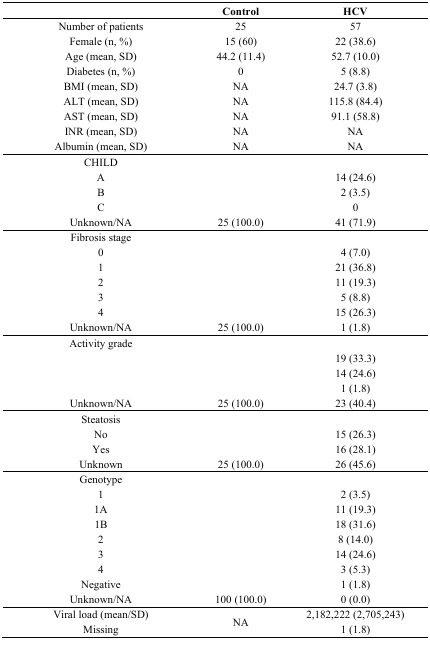
<table><thead><tr><td></td><td><b>Control</b></td><td><b>HCV</b></td></tr></thead><tbody><tr><td>Number of patients</td><td>25</td><td>57</td></tr><tr><td>Female (n, %)</td><td>15 (60)</td><td>22 (38.6)</td></tr><tr><td>Age (mean, SD)</td><td>44.2 (11.4)</td><td>52.7 (10.0)</td></tr><tr><td>Diabetes (n, %)</td><td>0</td><td>5 (8.8)</td></tr><tr><td>BMI (mean, SD)</td><td>NA</td><td>24.7 (3.8)</td></tr><tr><td>ALT (mean, SD)</td><td>NA</td><td>115.8 (84.4)</td></tr><tr><td>AST (mean, SD)</td><td>NA</td><td>91.1 (58.8)</td></tr><tr><td>INR (mean, SD)</td><td>NA</td><td>NA</td></tr><tr><td>Albumin (mean, SD)</td><td>NA</td><td>NA</td></tr><tr><td>CHILD</td><td></td><td></td></tr><tr><td>A</td><td></td><td>14 (24.6)</td></tr><tr><td>B</td><td></td><td>2 (3.5)</td></tr><tr><td>C</td><td></td><td>0</td></tr><tr><td>Unknown/NA</td><td>25 (100.0)</td><td>41 (71.9)</td></tr><tr><td>Fibrosis stage</td><td></td><td></td></tr><tr><td>0</td><td></td><td>4 (7.0) </td></tr><tr><td>1</td><td></td><td>21 (36.8)</td></tr><tr><td>2</td><td></td><td>11 (19.3)</td></tr><tr><td>3</td><td></td><td>5 (8.8)</td></tr><tr><td>4</td><td></td><td>15 (26.3)</td></tr><tr><td>Unknown/NA</td><td>25 (100.0)</td><td>1 (1.8)</td></tr><tr><td>Activity grade</td><td></td><td></td></tr><tr><td></td><td></td><td>19 (33.3)</td></tr><tr><td></td><td></td><td>14 (24.6)</td></tr><tr><td></td><td></td><td>1 (1.8)</td></tr><tr><td>Unknown/NA</td><td>25 (100.0)</td><td>23 (40.4)</td></tr><tr><td>Steatosis</td><td></td><td></td></tr><tr><td>No</td><td></td><td>15 (26.3)</td></tr><tr><td>Yes</td><td></td><td>16 (28.1)</td></tr><tr><td>Unknown</td><td>25 (100.0)</td><td>26 (45.6)</td></tr><tr><td>Genotype</td><td></td><td></td></tr><tr><td>1</td><td></td><td>2 (3.5)</td></tr><tr><td>1A</td><td></td><td>11 (19.3)</td></tr><tr><td>1B</td><td></td><td>18 (31.6)</td></tr><tr><td>2</td><td></td><td>8 (14.0)</td></tr><tr><td>3</td><td></td><td>14 (24.6)</td></tr><tr><td>4</td><td></td><td>3 (5.3)</td></tr><tr><td>Negative</td><td></td><td>1 (1.8)</td></tr><tr><td>Unknown/NA</td><td>100 (100.0)</td><td>0 (0.0)</td></tr><tr><td>Viral load (mean/SD) Missing</td><td>NA</td><td>2,182,222 (2,705,243) 1 (1.8)</td></tr></tbody></table>